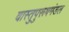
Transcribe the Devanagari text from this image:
वास्तुपुरूषमंडल